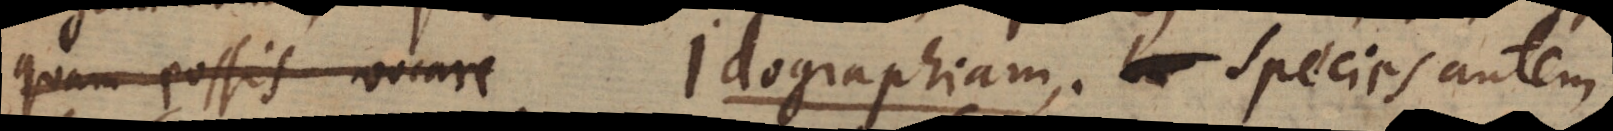
quam possis vocare Idographiam. Species autem